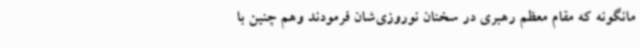
مانگونه که مقام معظم رهبری در سخنان نوروزی‌شان فرمودند وهم چنین با